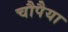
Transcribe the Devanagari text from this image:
चौपैया